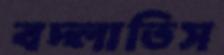
বদ্‌লাতিস